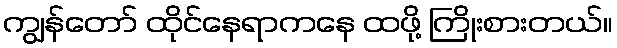
ကျွန်တော် ထိုင်နေရာကနေ ထဖို့ ကြိုးစားတယ်။